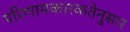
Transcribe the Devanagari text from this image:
परिणामकारकतेनुसार